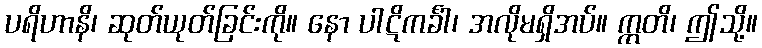
ပရိဟာနိ၊ ဆုတ်ယုတ်ခြင်းကို။ နော ပါဋိကင်္ခါ၊ အလိုမရှိအပ်။ ဣတိ၊ ဤသို့။